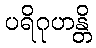
ပရိဂုဟန္တိ